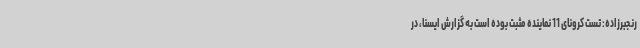
رنجبرزاده: تست کرونای 11 نماینده مثبت بوده است به گزارش ایسنا، در